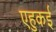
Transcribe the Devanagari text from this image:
एहुकई